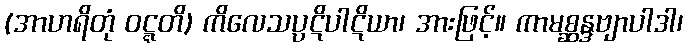
(အာဟရိတုံ ဝဋ္ဋတိ) ကိလေသပ္ပဋိပါဋိယာ၊ အားဖြင့်။ ကာမစ္ဆန္ဒဗျာပါဒါ၊